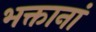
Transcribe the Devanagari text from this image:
भक्तानां